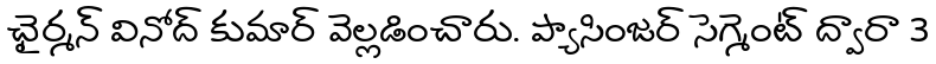
ఛైర్మన్ వినోద్ కుమార్ వెల్లడించారు. ప్యాసింజర్ సెగ్మెంట్ ద్వారా 3